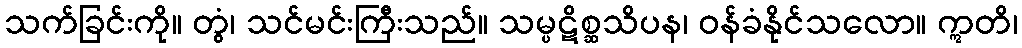
သက်ခြင်းကို။ တွံ၊ သင်မင်းကြီးသည်။ သမ္ပဋိစ္ဆသိပန၊ ဝန်ခံနိုင်သလော။ ဣတိ၊